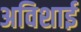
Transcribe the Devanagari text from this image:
अविशाई